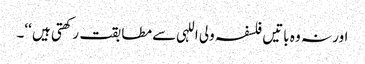
اور نہ وہ باتیں فلسفہ ولی اللہی سے مطابقت رکھتی ہیں ‘‘۔